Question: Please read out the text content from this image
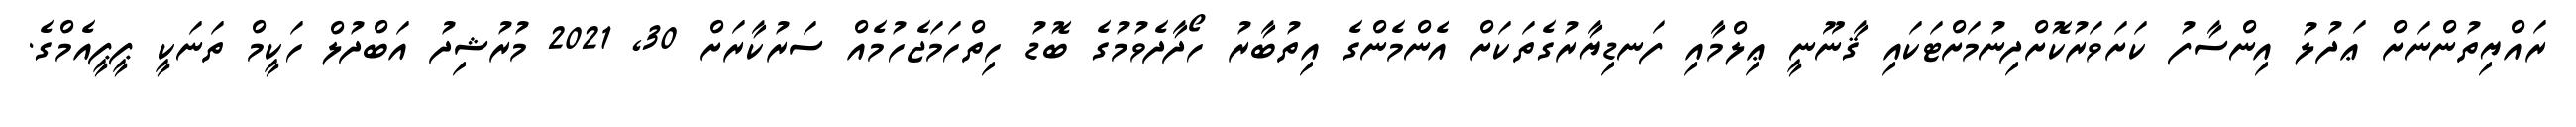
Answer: ރައްޔިތުންނަށް ޢަދުލު އިންސާފު ކަށަވަރުކޮށްދިނުމަށްޓަކައި ޤާނޫނީ ޢިލްމާއި ފަނޑިޔާރުގެތަކަށް އެންމެންގެ އިތުބާރު ހޯދާދެވުމުގެ ބޮޑު ހިތްހަމަޖެހުމެއް ސަރުކާރަށް 30, 2021 މުރުޝިދު އަބްދުލް ހަކީމް ތަނަކީ ޕީޕީއެމްގެ.